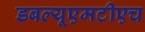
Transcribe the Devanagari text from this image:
डबल्यूएमटीएच